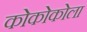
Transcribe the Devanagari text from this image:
कोकोकोला